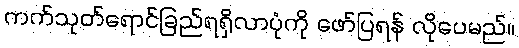
ကက်သုတ်ရောင်ခြည်ရရှိလာပုံကို ဖော်ပြရန် လိုပေမည်။